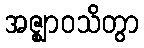
အဇ္ဈာဝသိတွာ